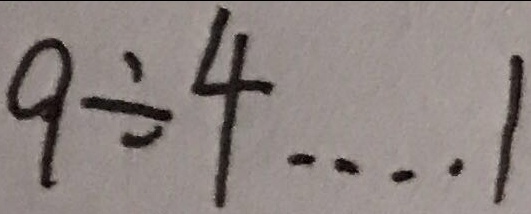
9 \div 4 \cdots 1